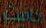
خافت